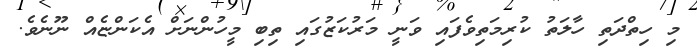
މި ހިތްދަތި ހާލަތު ކުރިމަތިވެފައި ވަނީ މަރުކަޒުގައި ތިބި މީހުންނަށް އެކަންޏެއް ނޫނެވެ.